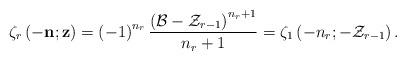
LaTeX: \begin{align*}\zeta_{r}\left(-\mathbf{n};\mathbf{z}\right)=\left(-1\right)^{n_{r}}\frac{\left(\mathcal{B}-\mathcal{Z}_{r-1}\right)^{n_{r}+1}}{n_{r}+1}=\zeta_{1}\left(-n_{r};-\mathcal{Z}_{r-1}\right).\end{align*}